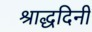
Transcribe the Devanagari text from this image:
श्राद्धदिनी